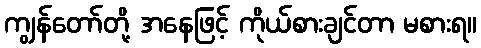
ကျွန်တော်တို့ အနေဖြင့် ကိုယ်စားချင်တာ မစားရ။